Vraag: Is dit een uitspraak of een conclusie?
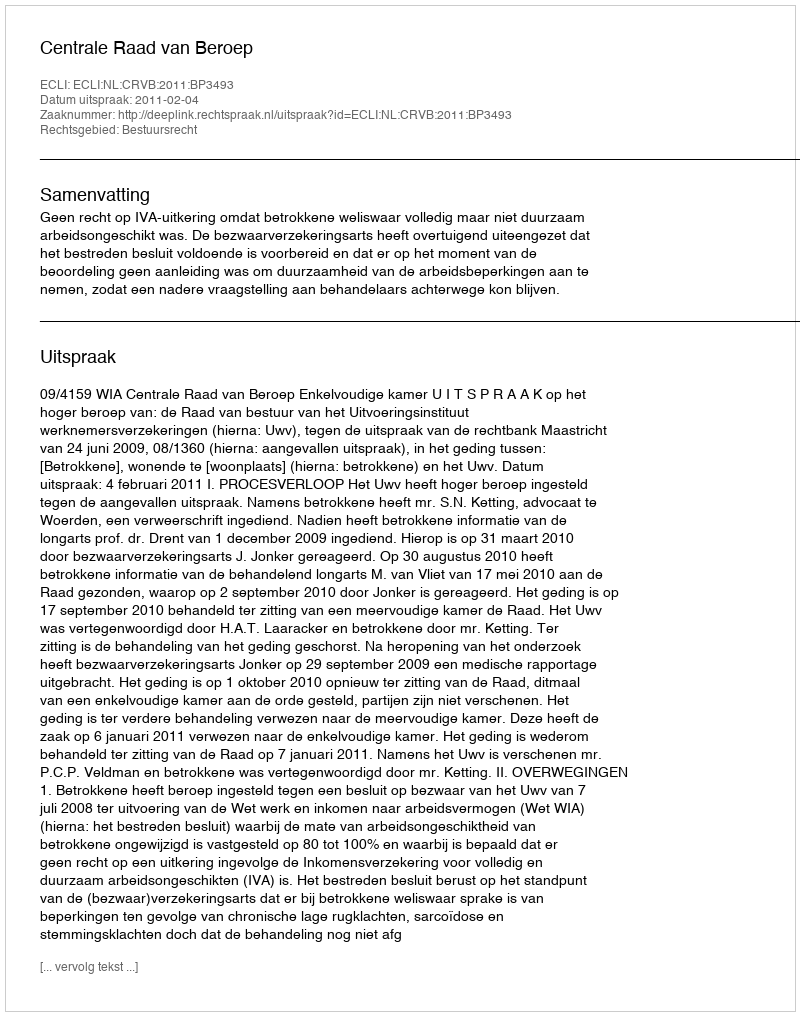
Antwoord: Uitspraak